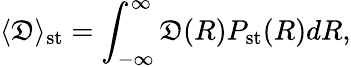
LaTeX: \langle\mathfrak{D}\rangle_{\mathrm{{st}}}=\int_{-\infty}^{\infty}\mathfrak{D}(R)P_{\mathrm{{st}}}(R)dR,